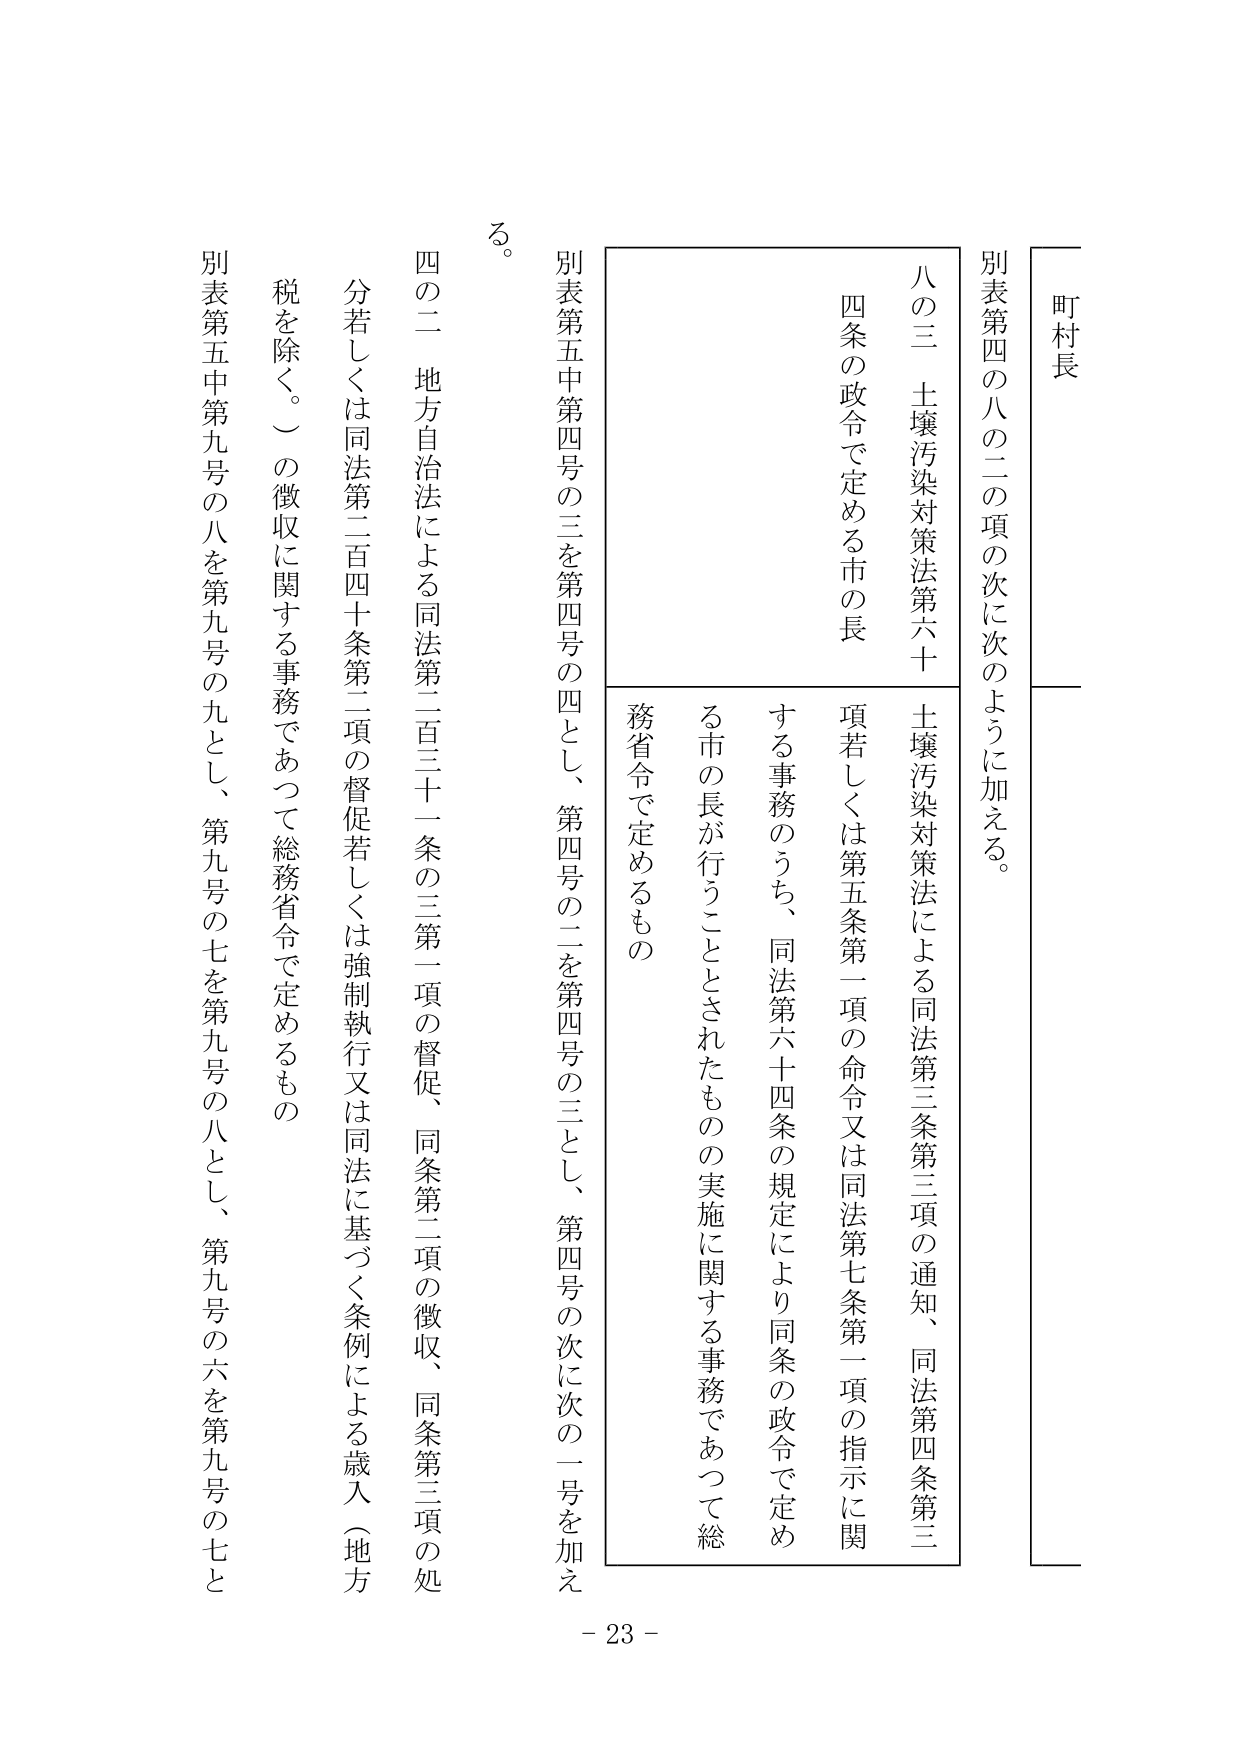
町村長

別表第四の八の二の項の次に次のように加える。

八の三　土壌汚染対策法第六十条の政令で定める市の長

土壌汚染対策法による同法第三条第三項の通知、同法第四条第三項若しくは第五条第一項の命令又は同法第七条第一項の指示に関する事務のうち、同法第六十四条の規定により同条の政令で定める市の長が行うこととされたものの実施に関する事務であつて総務省令で定めるもの

別表第五中第四号の三を第四号の四とし、第四号の二を第四号の三とし、第四号の次に次の一を加える。

四の二　地方自治法による同法第二百三十一条の三第一項の督促、同条第二項の徴収、同条第三項の処分若しくは同法第二百四十条第二項の督促若しくは強制執行又は同法に基づく条例による歳入（地方税を除く。）の徴収に関する事務であつて総務省令で定めるもの

別表第五中第九号の八を第九号の九とし、第九号の七を第九号の八とし、第九号の六を第九号の七と

る。

- 23 -